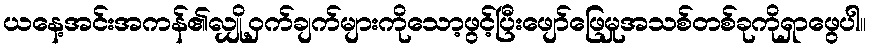
ယနေ့အင်းအကန်၏လျှို့ဝှက်ချက်များကိုသော့ဖွင့်ပြီးဖျော်ဖြေမှုအသစ်တစ်ခုကိုရှာဖွေပါ။